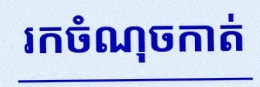
រកចំណុចកាត់